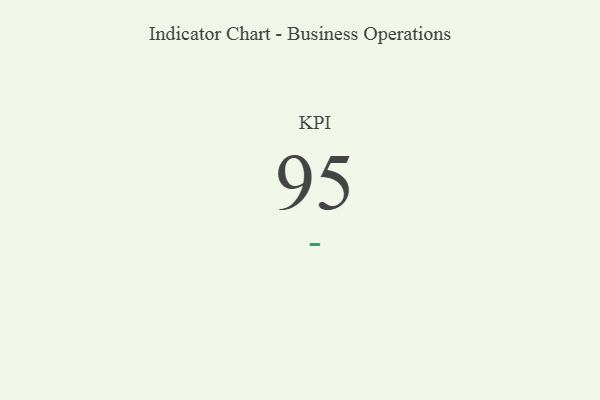
{"axis": {"x": "KPI", "y": "Value"}, "legend": [""], "data": [{"x": "KPI", "y": 95, "type": ""}]}